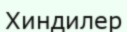
Хиндилер